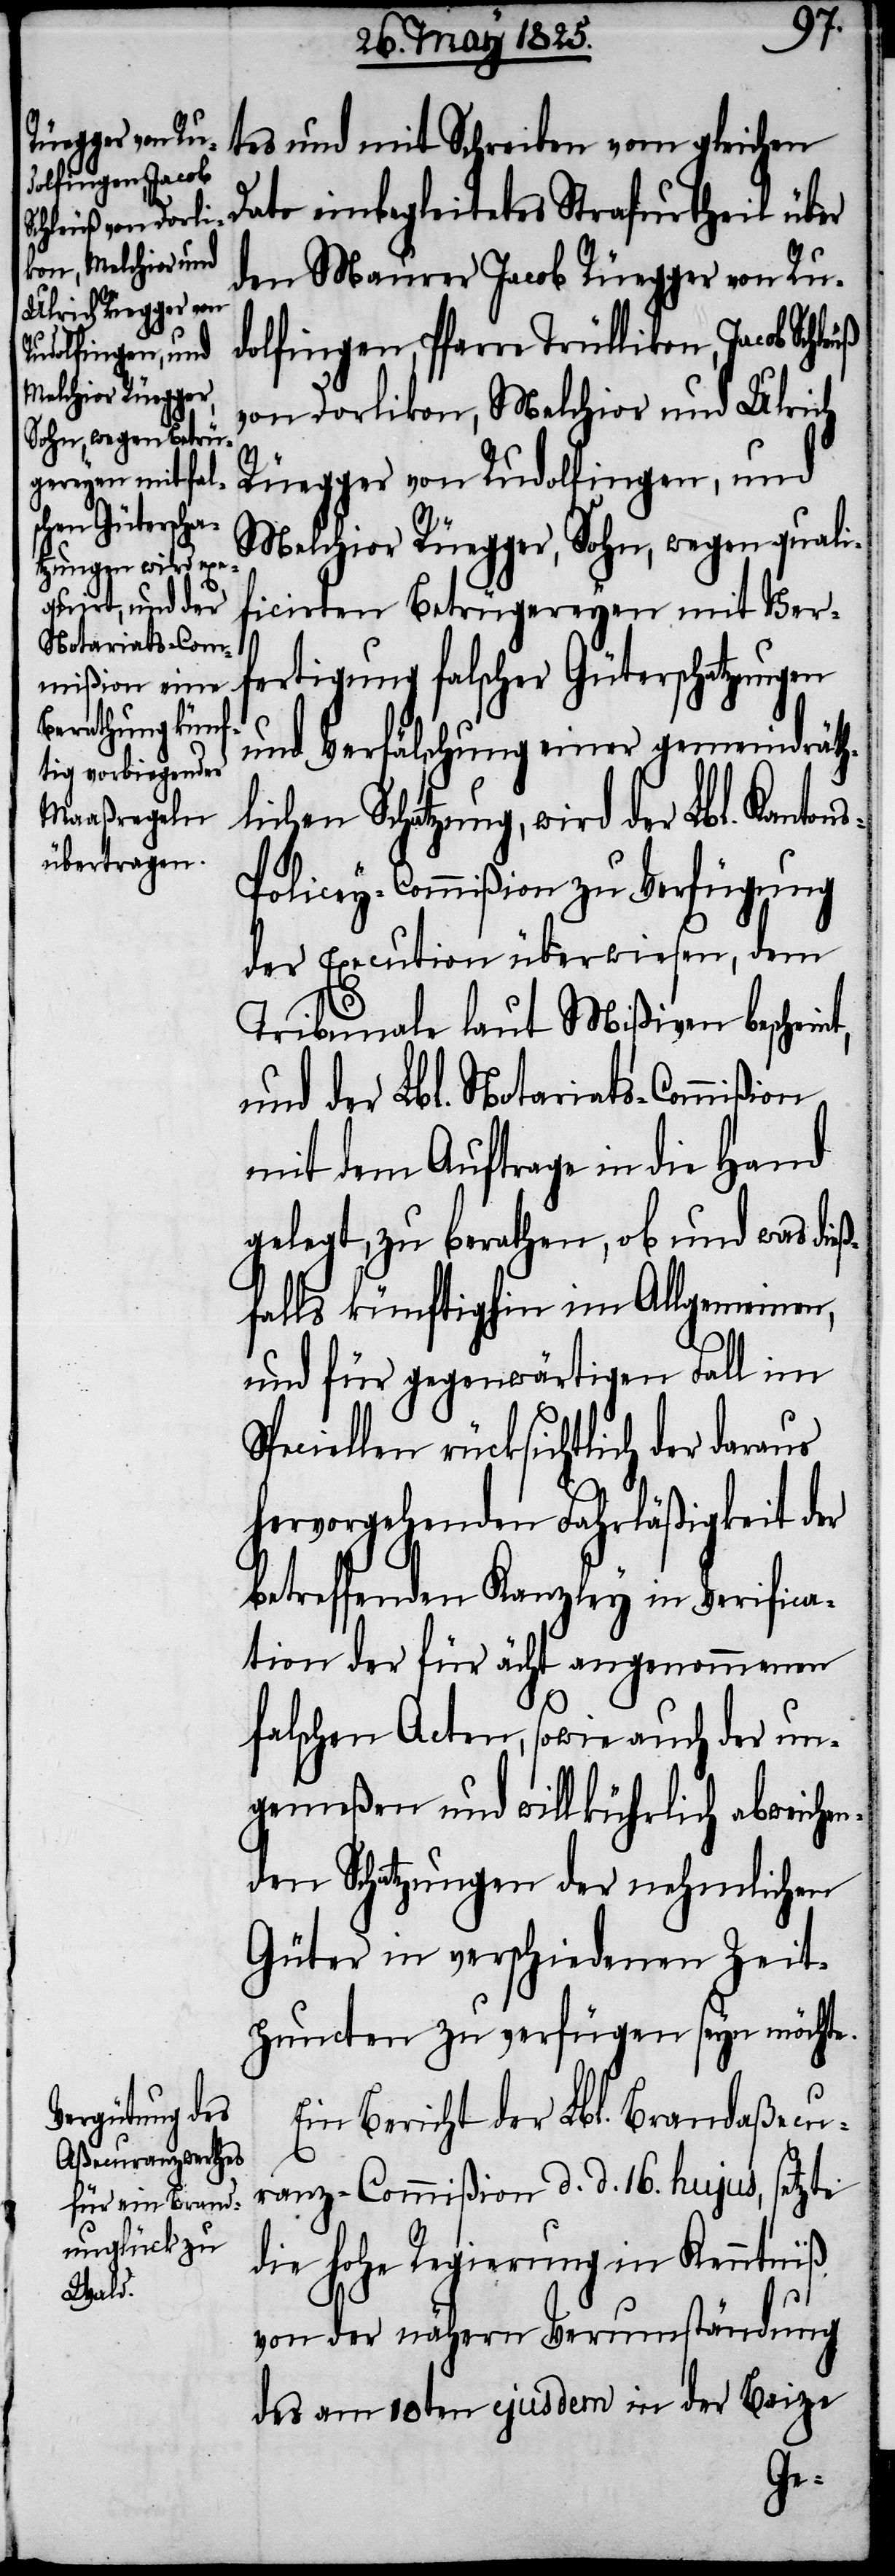
Schleuß von Dorli¬
kon, Melchior und
Ulrich Rüegger von
Rudolfingen, und

t,

tes und mit Schreiben vom gleichen
Dato einbegleitetes Strafurtheil über
den Maurer Jacob Rüegger von Ru¬
dolfingen, Pfarre Trüllikon, Jacob
Melchior Rüegger, Sohn, wegen quali¬
ficirten Betrügereyen mit Ver¬
fertigung falscher Güterschatzungen
und Verfälschung einer gemeindräth¬
lichen Schatzung, wird der Lbl. Kanton¬
s-Policey-Commißion zu Verfügung
der Execution überwiesen, dem
Tribunale laut Mißiven beschein¬
und der Lbl. Notariats-Commißion
mit dem Auftrage in die Hand
gelegt, zu berathen, ob und was die¬
ßfalls künftighin im Allgemeinen,
und für gegenwärtigen Fall im
Speciellen rücksichtlich der daraus
hervorgehenden Fahrläßigkeit der
betreffenden Kanzley in Verifica¬
tion der für ächt angenommenen
falschen Acten, sowie auch der un¬
gemeßen und willkührlich abweichen¬
den Schatzungen der nehmlichen
Güter in verschiedenen Zeit¬
puncten zu verfügen seyn möchte.
Ein Bericht der Lbl. Brandaßecu¬
ranz-Commißion d. d. 16. hujus, setzte
die hohe Regierung in Kenntniß
von der nähern Verumständung
des am 10ten ejusdem in der Beize